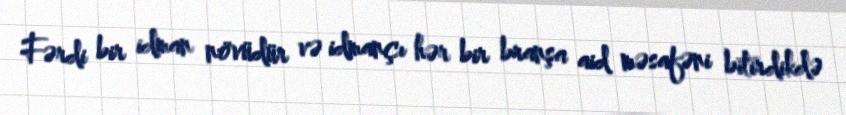
Fərdi bir idman növüdür və idmançı hər bir branşa aid məsafəni bitirdikdə